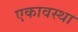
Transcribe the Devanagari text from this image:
एकावस्था